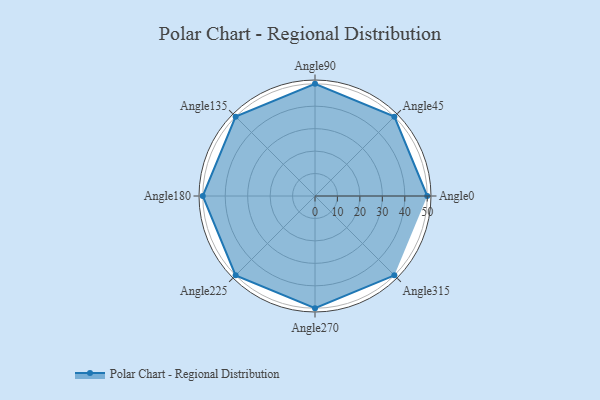
{"axis": {"x": "Angle", "y": "Radius"}, "legend": [""], "data": [{"x": "Angle0", "y": 50, "type": ""}, {"x": "Angle45", "y": 50, "type": ""}, {"x": "Angle90", "y": 50, "type": ""}, {"x": "Angle135", "y": 50, "type": ""}, {"x": "Angle180", "y": 50, "type": ""}, {"x": "Angle225", "y": 50, "type": ""}, {"x": "Angle270", "y": 50, "type": ""}, {"x": "Angle315", "y": 50, "type": ""}]}